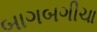
બાગબગીચા